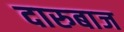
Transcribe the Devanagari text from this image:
दारुबाज